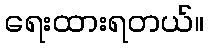
ရေးထားရတယ်။